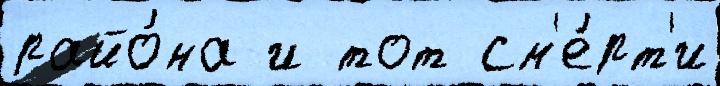
райо́на и тот см'е́рт'и